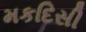
મકદિસી